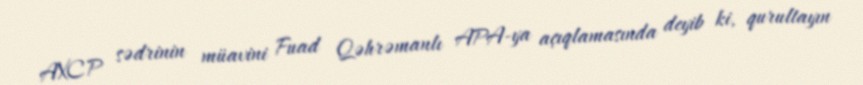
AXCP sədrinin müavini Fuad Qəhrəmanlı APA-ya açıqlamasında deyib ki, qurultayın